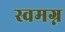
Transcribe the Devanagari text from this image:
स्वमग्न